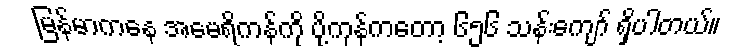
မြန်မာကနေ အမေရိကန်ကို ပို့ကုန်ကတော့ ၆၅၆ သန်းကျော် ရှိပါတယ်။